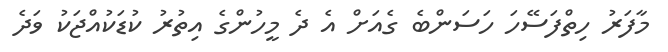
މާފަރު ހިތްފަސޭހަ ހަސަންބެ ގެއަށް އެ ދެ މީހުންގެ އިތުރު ކުޑަކުއްޖަކު ވަދެ